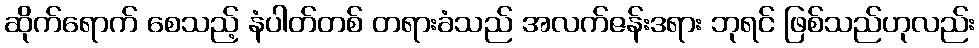
ဆိုက်ရောက် စေသည့် နံပါတ်တစ် တရားခံသည် အလက်ဇန်းဒရား ဘုရင် ဖြစ်သည်ဟုလည်း